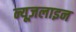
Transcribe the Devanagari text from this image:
न्यूज़लाइन